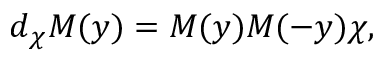
d _ { \chi } M ( y ) = M ( y ) M ( - y ) \chi ,